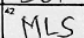
Transcription: MLS